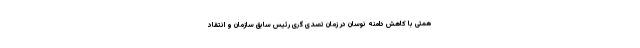
همتی با کاهش دامنه نوسان در زمان تصدی گری رئیس سابق سازمان و انتقاد